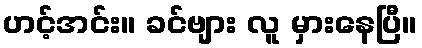
ဟင့်အင်း။ ခင်ဗျား လူ မှားနေပြီ။